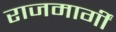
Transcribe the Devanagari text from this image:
राजमार्गीं